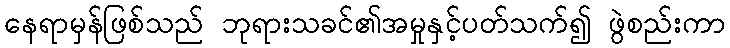
နေရာမှန်ဖြစ်သည် ဘုရားသခင်၏အမှုနှင့်ပတ်သက်၍ ဖွဲစည်းကာ